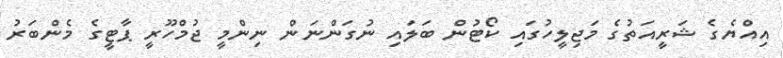
އިއްޔެގެ ޝަރީއަތުގެ މަޖިލީހުގައި ކޯޓުން ބަލައި ނުގަންނަން ނިންމީ ޖުމްހޫރީ ޕާޓީގެ މެންބަރު